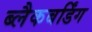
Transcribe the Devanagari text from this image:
ब्लैकबर्डिंग